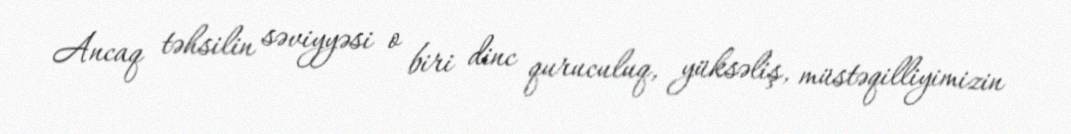
Ancaq təhsilin səviyyəsi o biri dinc quruculuq, yüksəliş, müstəqilliyimizin